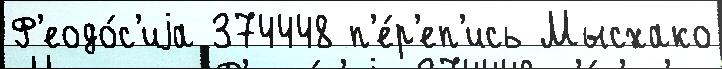
Ф'еодо́с'иjа 374448 п'е́р'еп'ись Мысхако